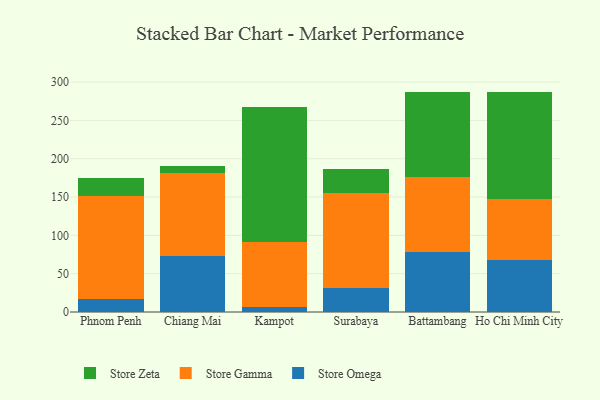
{"axis": {"x": "City", "y": "Budget (USD K)"}, "legend": ["Store Gamma", "Store Omega", "Store Zeta"], "data": [{"x": "Phnom Penh", "y": 16.6, "type": "Store Omega"}, {"x": "Phnom Penh", "y": 134.6, "type": "Store Gamma"}, {"x": "Phnom Penh", "y": 23.9, "type": "Store Zeta"}, {"x": "Chiang Mai", "y": 73.3, "type": "Store Omega"}, {"x": "Chiang Mai", "y": 108.0, "type": "Store Gamma"}, {"x": "Chiang Mai", "y": 8.8, "type": "Store Zeta"}, {"x": "Kampot", "y": 6.5, "type": "Store Omega"}, {"x": "Kampot", "y": 84.6, "type": "Store Gamma"}, {"x": "Kampot", "y": 176.8, "type": "Store Zeta"}, {"x": "Surabaya", "y": 31.4, "type": "Store Omega"}, {"x": "Surabaya", "y": 124.4, "type": "Store Gamma"}, {"x": "Surabaya", "y": 30.9, "type": "Store Zeta"}, {"x": "Battambang", "y": 78.1, "type": "Store Omega"}, {"x": "Battambang", "y": 97.5, "type": "Store Gamma"}, {"x": "Battambang", "y": 111.4, "type": "Store Zeta"}, {"x": "Ho Chi Minh City", "y": 67.7, "type": "Store Omega"}, {"x": "Ho Chi Minh City", "y": 79.8, "type": "Store Gamma"}, {"x": "Ho Chi Minh City", "y": 140.1, "type": "Store Zeta"}]}